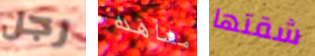
رجل مشاهده شقتها